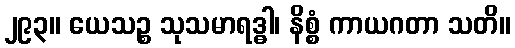
၂၉၃။ ယေသဉ္စ သုသမာရဒ္ဓါ၊ နိစ္စံ ကာယဂတာ သတိ။